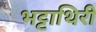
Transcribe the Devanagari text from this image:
भट्टाथिरी